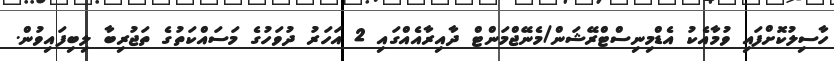
ހާސިލުކޮށްފައި ވުމާއެކު އެޑްމިނިސްޓްރޭޝަން/މެނޭޖްމަންޓް ދާއިރާއެއްގައި 2 އަހަރު ދުވަހުގެ މަސައްކަތުގެ ތަޖުރިބާ ލިބިފައިވުން.